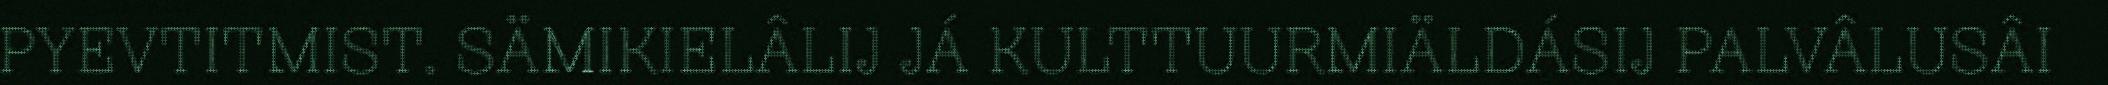
PYEVTITMIST. SÄMIKIELÂLIJ JÁ KULTTUURMIÄLDÁSIJ PALVÂLUSÂI